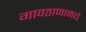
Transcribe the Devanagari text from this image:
गावठाणामधे